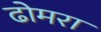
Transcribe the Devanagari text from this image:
ढोमरा